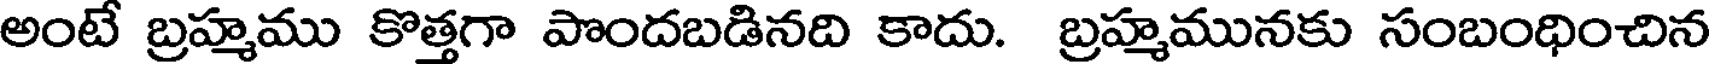
అంటే బ్రహ్మము కొత్తగా పొందబడినది కాదు. బ్రహ్మమునకు సంబంధించిన